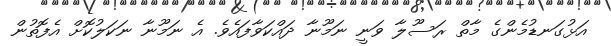
އަޅުގަނޑުމެންގެ މާތް ރަސޫލާ ވަނީ ނަމޫނާ ދައްކަވާފައެވެ. އެ ނަމޫނާ ނަކަލުކޮށް އެފޮތުން